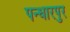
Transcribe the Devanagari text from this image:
पन्धारपुर